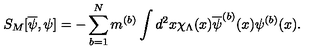
S _ { M } [ \overline { { \psi } } , \psi ] = - \sum _ { b = 1 } ^ { N } m ^ { ( b ) } \int d ^ { 2 } x \chi _ { \Lambda } ( x ) \overline { { \psi } } ^ { ( b ) } ( x ) \psi ^ { ( b ) } ( x ) .